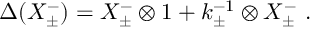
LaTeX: \Delta ( X _ { \pm } ^ { - } ) = X _ { \pm } ^ { - } \otimes 1 + k _ { \pm } ^ { - 1 } \otimes X _ { \pm } ^ { - } ~ .